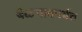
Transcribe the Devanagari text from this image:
बेळगावपर्यंत